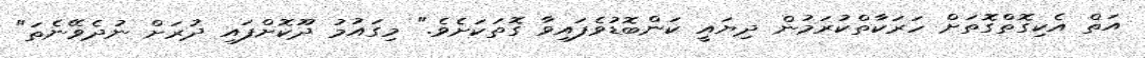
އަތް އެކިގޮތްގޮތަށް ހަރަކާތްކުރަމުން ދިޔައީ ކަންބޮޑުވެފައިވާ ގޮތަކަށެވެ." މިގައުމު ދޫކޮށްފައި ދުރަށް ނުދެވޭނެތަ"